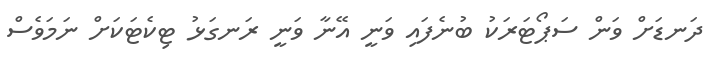
ދަނޑަށް ވަން ސަޕޯޓަރަކު ބުނެފައި ވަނީ އޭނާ ވަނީ ރަނގަޅު ޓިކެޓަކަށް ނަމަވެސް